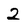
Character: 2